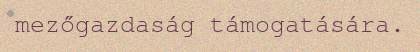
mezőgazdaság támogatására.